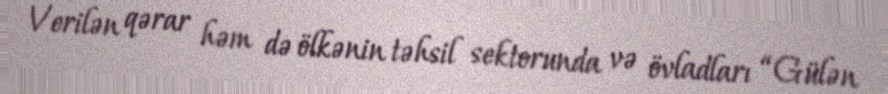
Verilən qərar həm də ölkənin təhsil sektorunda və övladları “Gülən